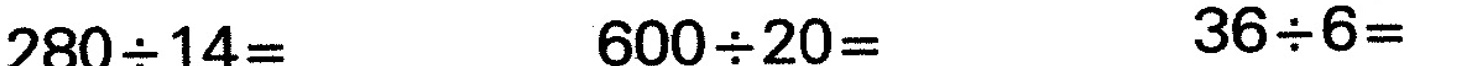
$$2 8 0 {\div} 1 4 =$$ $$6 0 0 {\div} 2 0 =$$ $$3 6 {\div} 6 =$$